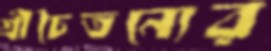
শ্রীচৈতন্যের